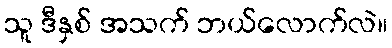
သူ ဒီနှစ် အသက် ဘယ်လောက်လဲ။